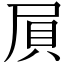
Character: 屓